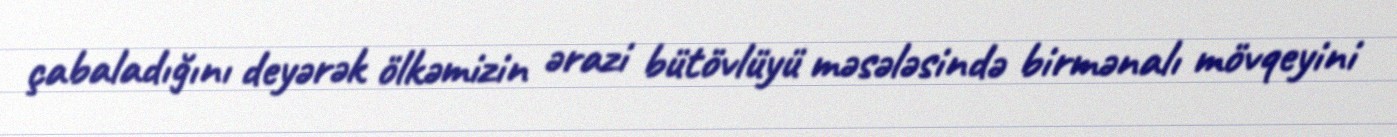
çabaladığını deyərək ölkəmizin ərazi bütövlüyü məsələsində birmənalı mövqeyini